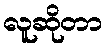
လူဆိုတာ